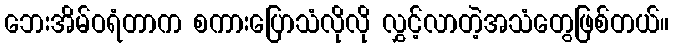
ဘေးအိမ်ဝရံတာက စကားပြောသံလိုလို လွှင့်လာတဲ့အသံတွေဖြစ်တယ်။